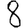
Digit: 8